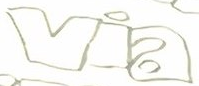
via